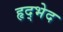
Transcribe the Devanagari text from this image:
हृद्भेद